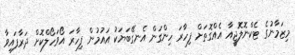
މިޒަމާނުގެ ޓެކްނޮލޮޖީއާ އެއްގޮތަށް ފިހާރަ ހިންގަން އެނގޭބަޔަކު އައުމުން ފިހާރަ އޯވަހޯލްކޮށް ދަރާފައިވާ